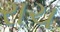
રાચ